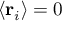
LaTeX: \langle \mathbf { r } _ { i } \rangle = 0